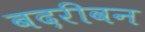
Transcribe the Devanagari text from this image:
बदरीवन